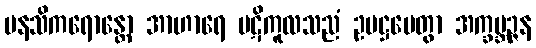
မနသိကရောန္တော အာဟာရေ ပဋိကူလသညံ ဥပဋ္ဌပေတွာ အက္ခဗ္ဘဉ္ဇန